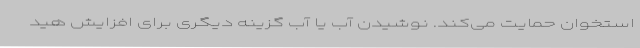
استخوان حمایت می‌کند. نوشیدن آب یا آب گزینه دیگری برای افزایش هید